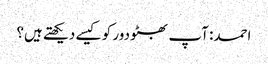
احمد: آپ بھٹو دور کو کیسے دیکھتے ہیں؟